Annual administration and progress report of the Indian Medical Department, Bombay
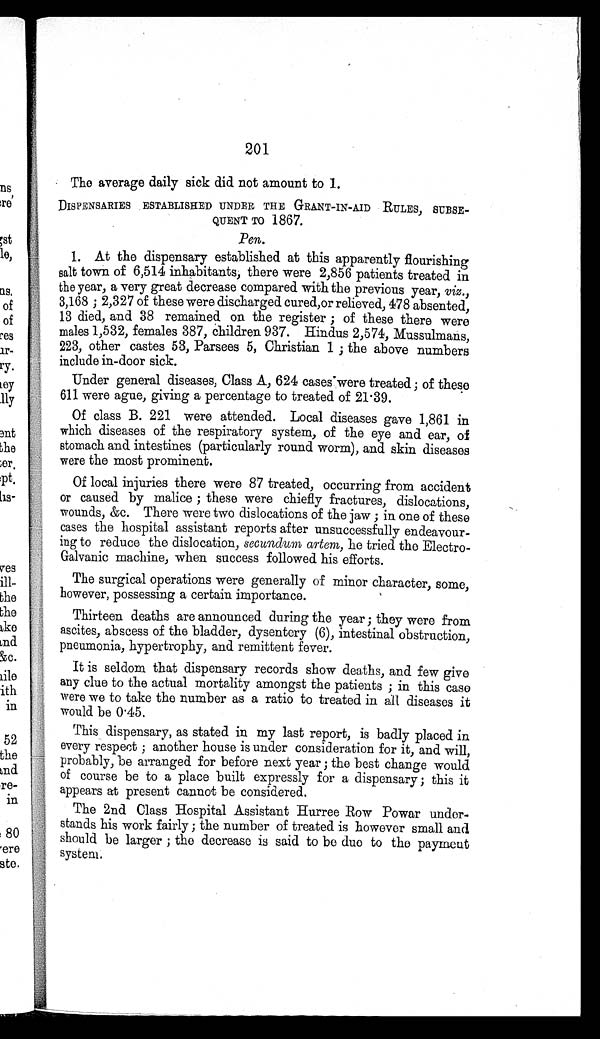
201
The average daily sick did not amount to 1.
DISPENSARIES ESTABLISHED UNDER THE GRANT-IN-AID RULES, SUBSE
-
QUENT TO 1867.
Pen.
1. At the dispensary established at this apparently flourishing
salt town of 6,514 inhabitants, there were 2,856 patients treated in
the year, a very great decrease compared with the previous year, viz .,
3,168; 2,327 of these were discharged cured,or relieved, 478 absented,
13 died, and 38 remained on the register; of these there were
males 1,532, females 387, children 937. Hindus 2,574, Mussulmans,
223, other castes 53, Parsees 5, Christian 1; the above numbers
include in-door sick.
Under general diseases, Class A, 624 cases were treated; of these
611 were ague, giving a percentage to treated of 21.39.
Of class B. 221 were attended. Local diseases gave 1,861 in
which diseases of the respiratory system, of the eye and ear, of
stomach and intestines (particularly round worm), and skin diseases
were the most prominent.
Of local injuries there were 87 treated, occurring from accident
or caused by malice; these were chiefly fractures, dislocations,
wounds, &c. There were two dislocations of the jaw; in one of these
cases tie hospital assistant reports after unsuccessfully endeavour
- i n g t o r e d u c e t h e d i s l o c a t i o n ,s
e c u n d u m a r t e m ,
he tried the Electro
- G a l v a n i c m a c h i n e , w h e n s u c c e s s f o l l o w e d h i s e f f o r t s .
The surgical operations were generally of minor character, some,
however, possessing a certain importance.
Thirteen deaths are announced during the year; they were from
ascites, abscess of the bladder, dysentery (6), intestinal obstruction,
pneumonia, hypertrophy, and remittent fever.
It is seldom that dispensary records show deaths, and few give
any clue to the actual mortality amongst the patients; in this case
were we to take the number as a ratio to treated in all diseases it
would be 0.45.
This dispensary, as stated in my last report, is badly placed in
every respect; another house is under consideration for it, and will,
probably, be arranged for before next year; the best change would
of course be to a place built expressly for a dispensary; this it
appears at present cannot be considered.
The 2nd Class Hospital Assistant Hurree Row Powar under
-stands his work fairly; the number of treated is however small and
should be larger; the decrease is said to be duo to the payment
system.